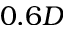
0 . 6 D